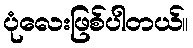
ပုံလေးဖြစ်ပါတယ်။